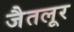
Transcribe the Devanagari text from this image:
जैतलूर